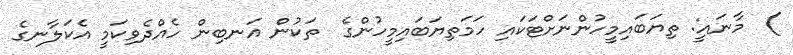
)  މާނައީ: ތިޔަބައިމީހުންނަށްޓަކައި ހަމަތިޔަބައިމީހުންގެ  ތަކުން އަނބިން ހެއްދެވިކަމީ އެކަލާނގެ